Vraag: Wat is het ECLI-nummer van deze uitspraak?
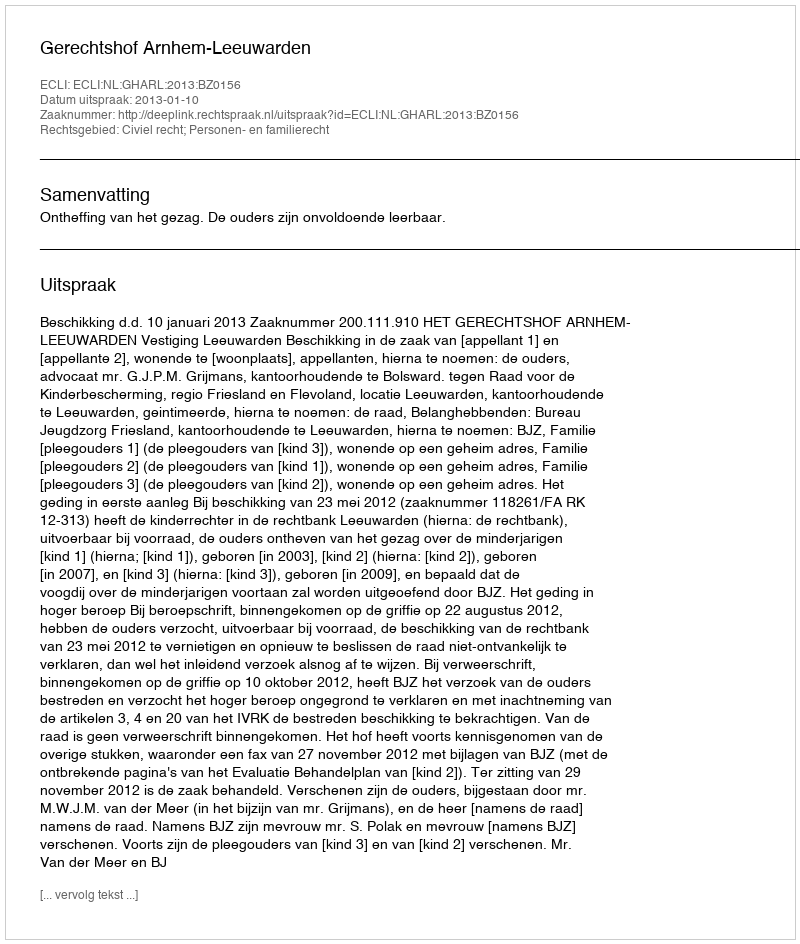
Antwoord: ECLI:NL:GHARL:2013:BZ0156